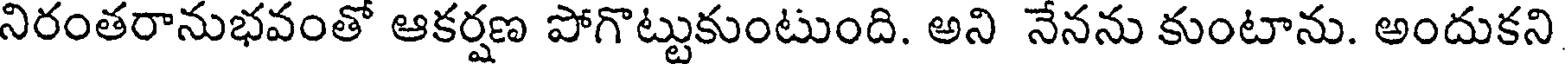
నిరంతరానుభవంతో ఆకర్షణ పోగొట్టుకుంటుంది. అని నేనను కుంటాను. అందుకని